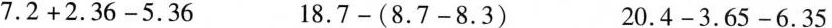
$$7 . 2 + 2 . 3 6 - 5 . 3 6$$ $$1 8 . 7 - ( 8 . 7 - 8 . 3 )$$ $$2 0 . 4 - 3 . 6 5 - 6 . 3 5$$